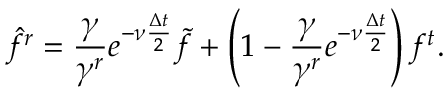
\hat { f } ^ { r } = \frac { \gamma } { \gamma ^ { r } } e ^ { - \nu \frac { \Delta t } { 2 } } \widetilde { f } + \left( 1 - \frac { \gamma } { \gamma ^ { r } } e ^ { - \nu \frac { \Delta t } { 2 } } \right) f ^ { t } .